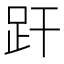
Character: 𧿂